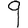
Digit: 9